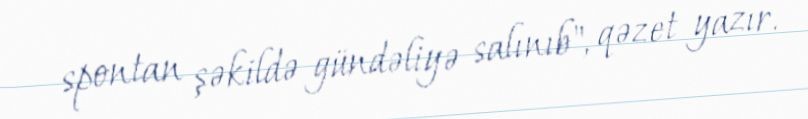
spontan şəkildə gündəliyə salınıb", qəzet yazır.